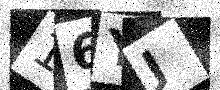
Text: 16YJ